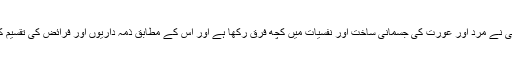
اللہ تعالیٰ نے مرد اور عورت کی جسمانی ساخت اور نفسیات میں کچھ فرق رکھا ہے اور اس کے مطابق ذمہ داریوں اور فرائض کی تقسیم کی ہے۔